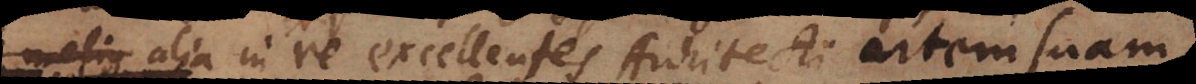
et non alia in re excellentes Architecti artem suam,